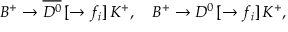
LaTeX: B ^ { + } \to \overline { { { D ^ { 0 } } } } \, [ \to f _ { i } ] \, K ^ { + } , \quad B ^ { + } \to D ^ { 0 } \, [ \to f _ { i } ] \, K ^ { + } ,